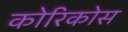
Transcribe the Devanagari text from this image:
कोरिकोस